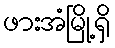
ဖားအံမြို့ရှိ